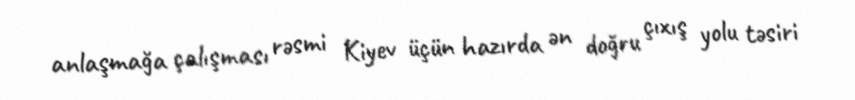
anlaşmağa çalışması rəsmi Kiyev üçün hazırda ən doğru çıxış yolu təsiri